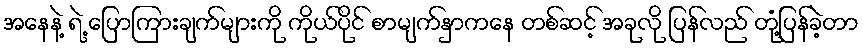
အနေနဲ့ ရဲ့ ပြောကြားချက်များကို ကိုယ်ပိုင် စာမျက်နှာကနေ တစ်ဆင့် အခုလို ပြန်လည် တုံ့ပြန်ခဲ့တာ